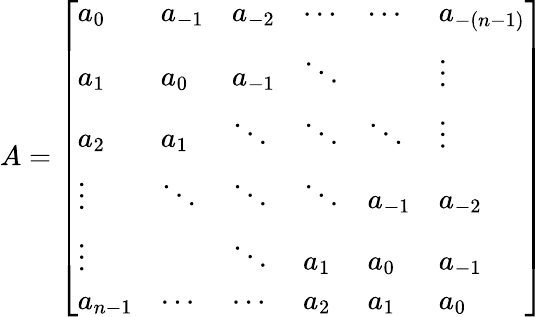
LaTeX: A={\left[\begin{array}{llllll}{a_{0}}&{a_{-1}}&{a_{-2}}&{\cdots}&{\cdots}&{a_{-(n-1)}}\\ {a_{1}}&{a_{0}}&{a_{-1}}&{\ddots}&{}&{\vdots}\\ {a_{2}}&{a_{1}}&{\ddots}&{\ddots}&{\ddots}&{\vdots}\\ {\vdots}&{\ddots}&{\ddots}&{\ddots}&{a_{-1}}&{a_{-2}}\\ {\vdots}&{}&{\ddots}&{a_{1}}&{a_{0}}&{a_{-1}}\\ {a_{n-1}}&{\cdots}&{\cdots}&{a_{2}}&{a_{1}}&{a_{0}}\end{array}\right]}